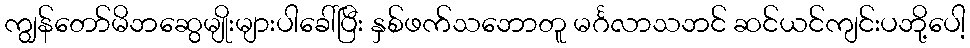
ကျွန်တော်မိဘဆွေမျိုးများပါခေါ်ပြီး နှစ်ဖက်သဘောတူ မင်္ဂလာသဘင် ဆင်ယင်ကျင်းပဘို့ပေါ့